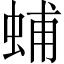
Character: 蜅